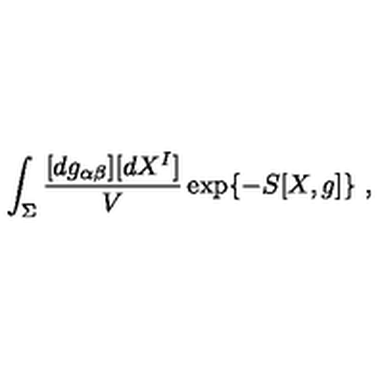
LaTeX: \int _ { \Sigma } \frac { [ d g _ { \alpha \beta } ] [ d X ^ { I } ] } { V } \exp \{ - S [ X , g ] \} \ ,